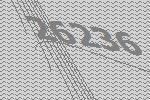
26236